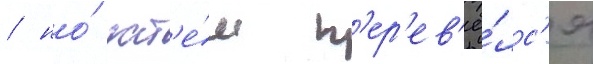
/ но́ зат'е́м п'ер'ев'ё́лс'я